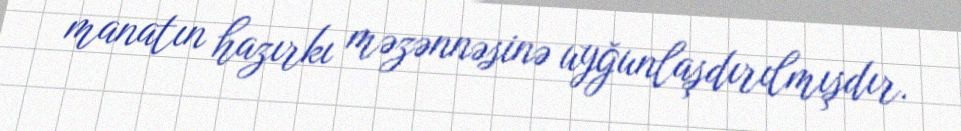
manatın hazırkı məzənnəsinə uyğunlaşdırılmışdır.